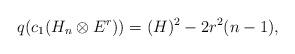
LaTeX: \begin{align*}q(c_{1}(H_{n}\otimes E^{r}))=(H)^2-2r^{2}(n-1), \end{align*}